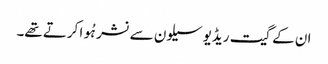
ان کے گیت ریڈیو سیلون سے نشر ہُوا کرتے تھے۔